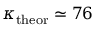
\kappa _ { \mathrm { t h e o r } } \simeq 7 6